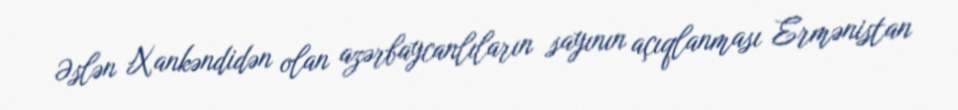
Əslən Xankəndidən olan azərbaycanlıların sayının açıqlanması Ermənistan